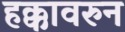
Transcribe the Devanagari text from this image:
हक्कावरुन